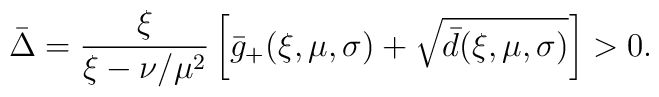
\bar{\Delta} = \frac{\xi}{\xi-\nu/\mu^2}\left[\bar g_+(\xi,\mu,\sigma)+\sqrt{\bar d(\xi,\mu,\sigma)}\right] > 0.